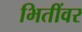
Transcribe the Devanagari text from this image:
भितींवर